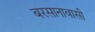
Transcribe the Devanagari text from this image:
बरसानावासी